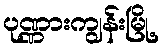
ပုဏ္ဏားကျွန်းမြို့